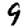
Digit: 9